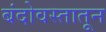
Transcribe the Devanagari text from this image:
बंदोवस्तातून